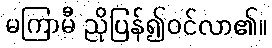
မကြာမီ ညိုပြန်၍ဝင်လာ၏။